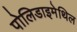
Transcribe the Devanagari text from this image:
पोलिडाइमेथिल